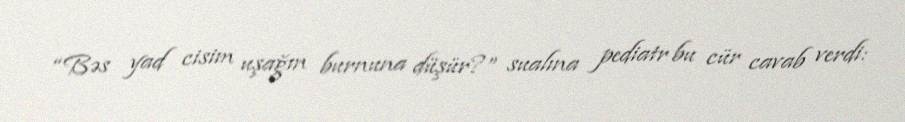
“Bəs yad cisim uşağın burnuna düşür?” sualına pediatr bu cür cavab verdi: